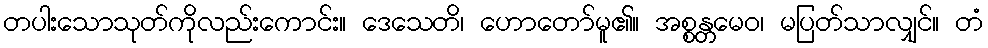
တပါးသောသုတ်ကိုလည်းကောင်း။ ဒေသေတိ၊ ဟောတော်မူ၏။ အစ္စန္တမေဝ၊ မပြတ်သာလျှင်။ တံ